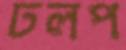
ঢলপ